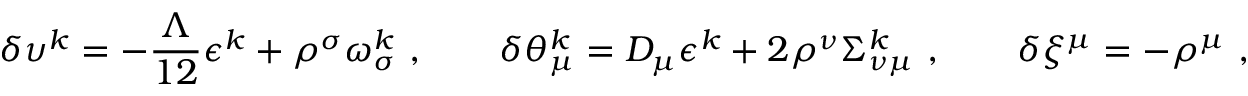
\delta \upsilon ^ { k } = - \frac { \Lambda } { 1 2 } \epsilon ^ { k } + \rho ^ { \sigma } \omega _ { \sigma } ^ { k } \ , \qquad \delta \theta _ { \mu } ^ { k } = D _ { \mu } \epsilon ^ { k } + 2 \rho ^ { \nu } \Sigma _ { \nu \mu } ^ { k } \ , \qquad \delta \xi ^ { \mu } = - \rho ^ { \mu } \ ,